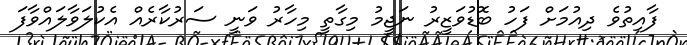
ފާއިތުވެ ދިއުމަށް ފަހު ބޮޑުވަޒީރު ނަޖީމު މިގާތީ މިހާރު ވަނީ ސަރުކާރެއް އެކުލަވާލައްވާފަ